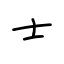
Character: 士